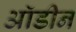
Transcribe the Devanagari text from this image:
ऑडीन